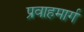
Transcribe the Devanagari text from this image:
प्रवाहमार्ग